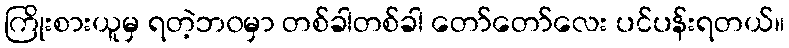
ကြိုးစားယူမှ ရတဲ့ဘ၀မှာ တစ်ခါတစ်ခါ တော်တော်လေး ပင်ပန်းရတယ်။